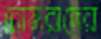
চোমরাদের